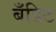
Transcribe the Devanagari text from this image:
बँडिट